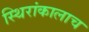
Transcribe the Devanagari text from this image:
स्थिरांकालाच